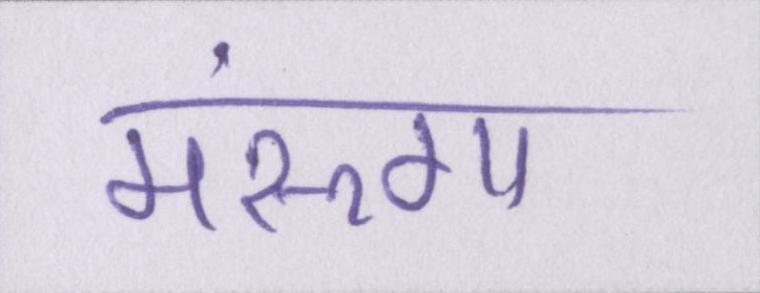
मरूंगा